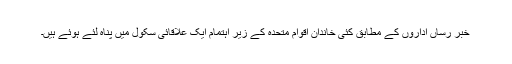
خبر رساں اداروں کے مطابق کئی خاندان اقوام متحدہ کے زیر اہتمام ایک علاقائی سکول میں پناہ لئے ہوئے ہیں۔